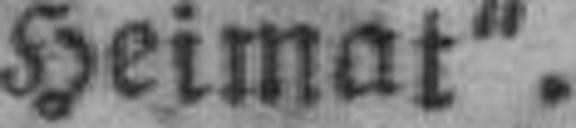
Heimat“.